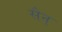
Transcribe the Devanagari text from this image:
सैन्